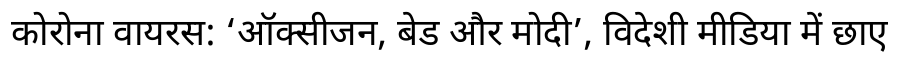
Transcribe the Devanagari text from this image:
कोरोना वायरस: ‘ऑक्सीजन, बेड और मोदी’, विदेशी मीडिया में छाए